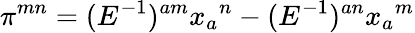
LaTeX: \pi^{mn}=(E^{-1})^{am}x_{a}{}^{n}-(E^{-1})^{an}x_{a}{}^{m}